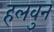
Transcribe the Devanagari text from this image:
हलवुन